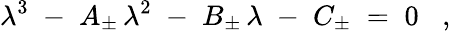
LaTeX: \lambda^{3}\; -\; A_{\pm}\, \lambda^{2}\; -\; B_{\pm}\, \lambda\; -\; C_{\pm}\; =\; 0\; \; \; ,